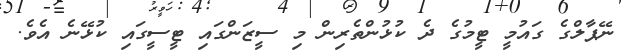
ނޭޕާލްގެ ގައުމީ ޓީމުގެ ދެ ކުޅުންތެރިން މި ސީޒަންގައި ޓީސީގައި ކުޅޭނެ އެވެ.